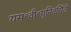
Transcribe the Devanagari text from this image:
यस॰वी॰यूनिवर्सिटी